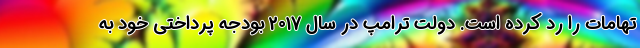
تهامات را رد کرده است. دولت ترامپ در سال 2017 بودجه پرداختی خود به